Medical and sanitary report of the native army of Madras for the year
Year: 1875
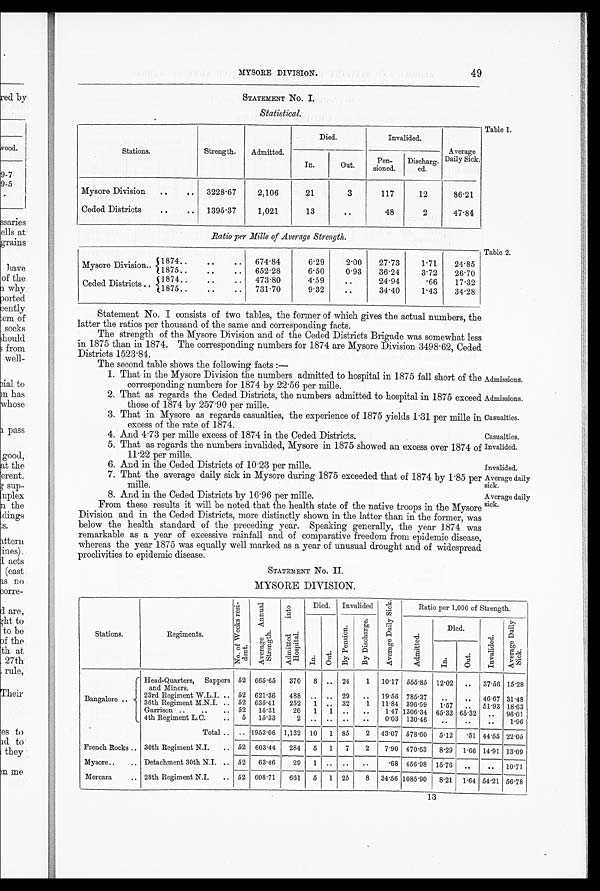
MYSORE DIVISION.
49
ed by
STATEMENT No. I.
Statistical.
Stations.
Strength.
Admitted.
Died.
Invalided.
Average
Daily Sick.
In.
Out.
Pen-
sioned.
Discharg-
ed.
Mysore Division
..
..
Ceded. Districts
..
..
3228.67
1395.37
2,106
1,021
21
13
3
..
117
48
12
2
86.21
47.84
Ratio per Mille of Average Strength.
M y s o r e D i v i s i o n . . 1 8 7 4 . . . . . .
Mysore
i s ion .
. t1875..
..
..
674.84
652.28
6.29
6.50
2.00
0.93
27.73
36.24
1.71
3.72
24.85
26.70
..
..
473.80
4.59
..
24.94
.66
17.32
Ceded Districts.. 1875..
..
..
731.70
9.32
..
34.40
1.43
34.28
Statement No. I consists of two tables, the former of which gives the actual numbers, the
latter the ratios per thousand of the same and corresponding facts.
The strength of the Mysore Division and of the Ceded Districts Brigade was somewhat less
in 1875 than in 1874. The corresponding numbers for 1874 are Mysore Division 3498.62, Ceded
Districts 1523.84.
The second table shows the following facts:
—
1. That in the Mysore Division the numbers admitted to hospital in 1875 fall short of the Admissions.
corresponding numbers for 1874 by 22.56 per mille.
2. That as regards the Ceded Districts, the numbers admitted to hospital in 1875 exceed Admissions.
those of 1874 by 257.90 per mille.
3. That in Mysore as regards casualties, the experience of 1875 yields 1.31 per mille in Casualties.
excess of the rate of 1874.
4. And 4.73 per mille excess of 1874 in the Ceded Districts.
Casualties.
5. That as regards the numbers invalided, Mysore in 1875 showed an excess over 1874 of
11.22 per mille. Invalided
.
6. And in the Ceded Districts of 10.23 per mille.
Invalided.
7. That the average daily sick in Mysore during 1875 exceeded that of 1874 by 1.85 per mile. Average daily
sick
.
8. And in the Ceded Districts by 16.96 per mille.
Average daily
From these results it will be noted that the health state of the native troops in the Mysore
Division and in the Ceded Districts, more distinctly shown in the latter than in the former, was
below the health standard of the preceding year. Speaking generally, the year 1874 was
remarkable as a year of excessive rainfall and of comparative freedom from epidemic disease,
whereas the year 1875 was equally well marked as a year of unusual drought and of widespread
proclivities to epidemic disease.
STATEMENT No. II.
MYSORE DIVISION.
Stations.
Regiments.
N o . o f W e e k s r e s i - d e n t
A v e r a g e A n n u a l S t r e n g t h .
A d m i t t e d i n t o H o s p i t a l .
Died.
Invalided
A v e r a g e D a i l y S i c k
Ratio per 1,000 of Strength.
I n .
O u t .
B y P e n s i o n .
B y D i s c h a r g e .
A d m i t t e d .
Died.
I n v a l i d e d .
Av e r a g e Da i l y S i c k
I n .
Out.
Head-Quarters, Sappers
a n d M i n e r s .
52 665.65
370
8
..
24
1
10.17 555.85 12.02
..
37.56 15.28
Bangalore ..
23rd Regiment W.L.I. ..
36th Regiment M.N.I. ..
52
52
621.36
635.41
488
252
..
1
..
..
29
32
..
1
19.56
11.84
785.37
396.59
..
1.57
. .
..
46.67
51.93
31.48
18.63
Garrison ..
..
.. 52
15.31
20
1
1
..
..
1.47 1306.34 65.32 65.32
..
96.01
4th Regiment L.C.
..
5
15.33
2
..
..
..
..
0.03 130.44
. .
..
..
1.96
Total ..
.. 1953.06 1,132
1 0 1 85
2
43.07 578.60
5.12
.51 44.55 22.05
French Rocks .. 30th Regiment N.I.
..
52
603.44
284
5
1
7
2
7.90 470.63 8.29 1.66 14.91 13.09
Mysore..
.. Detachment 30th N.I. .. 52
63.46
29
1 ..
..
..
.68 456.98 15.76
..
..
10.71
Mercara
.. 28th Regiment N.I.
.. 52 608.71
661
5
1 25
8
34.56 1085.90
8.21 1.64 54.21 56.78
rood.
3-7
)-5
;saries..
Dlls at
;rains
have
of the.
why
)orted.
3ently
em of
socks
;hould •
from
well-
3ial to
m has
whose
1 pass
good,.
at the
erent.
sup..
uplex.
n the
dings
s.
ltterii
ines).
1 acts
(east
Is no
3orre-
-I are,
;ht to
to be
of the
th at
27th-
rule,
Their
es to
id to'
they.
m me
Table 1.
Table 2.
13